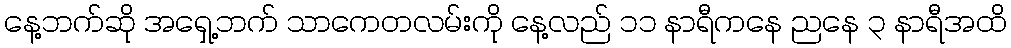
နေ့ဘက်ဆို အရှေ့ဘက် သာကေတလမ်းကို နေ့လည် ၁၁ နာရီကနေ ညနေ ၃ နာရီအထိ